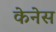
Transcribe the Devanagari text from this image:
केनेस